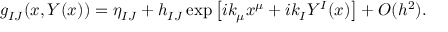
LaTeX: g _ { I J } ( x , Y ( x ) ) = \eta _ { I J } + h _ { I J } \exp \left[ i k _ { \mu } x ^ { \mu } + i k _ { I } Y ^ { I } ( x ) \right] + O ( h ^ { 2 } ) .